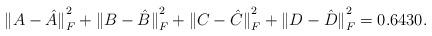
LaTeX: \begin{align*}{\|A-\hat A\|}_F^2 +{\|B-\hat B\|}_F^2+ {\|C-\hat C\|}_F^2+{\|D-\hat D\|}_F^2 = 0.6430.\end{align*}